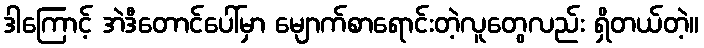
ဒါကြောင့် အဲဒီတောင်ပေါ်မှာ မျောက်စာရောင်းတဲ့လူတွေလည်း ရှိတယ်တဲ့။